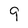
Character: 9